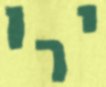
ירו